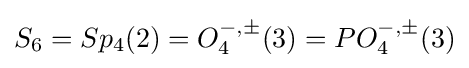
S_{6}=Sp_{4}(2)=O_{4}^{-,\pm }(3)=PO_{4}^{-,\pm }(3)